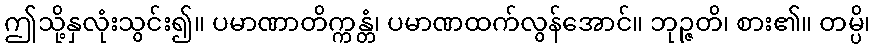
ဤသို့နှလုံးသွင်း၍။ ပမာဏာတိက္ကန္တံ၊ ပမာဏထက်လွန်အောင်။ ဘုဉ္ဇတိ၊ စား၏။ တမ္ပိ၊